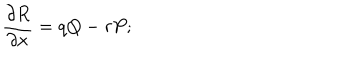
{ \frac { \partial R } { \partial x } } = q Q - r P ;